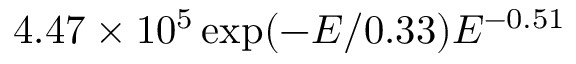
4 . 4 7 \times 1 0 ^ { 5 } \exp ( - E / 0 . 3 3 ) E ^ { - 0 . 5 1 }